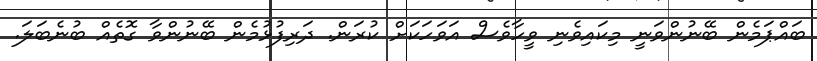
ބައްޕަމެން ބޭނުންވަނީ މިކައިވެނި ވީހާވެސް އަވަހަކަށް ކުރަން. ދަރިފުޅުމެން ބޭނުންވާ ގޮތެއް ބުނެބަލަ.